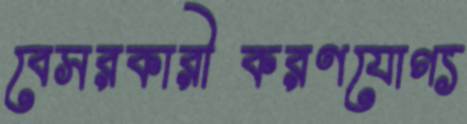
বেসরকারীকরণযোগ্য